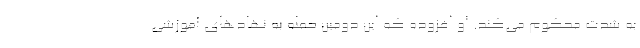
به شدت محکوم می‌کند. او افزوده که این دومین حمله به نهادهای آموزشی